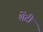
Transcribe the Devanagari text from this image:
शेंटी